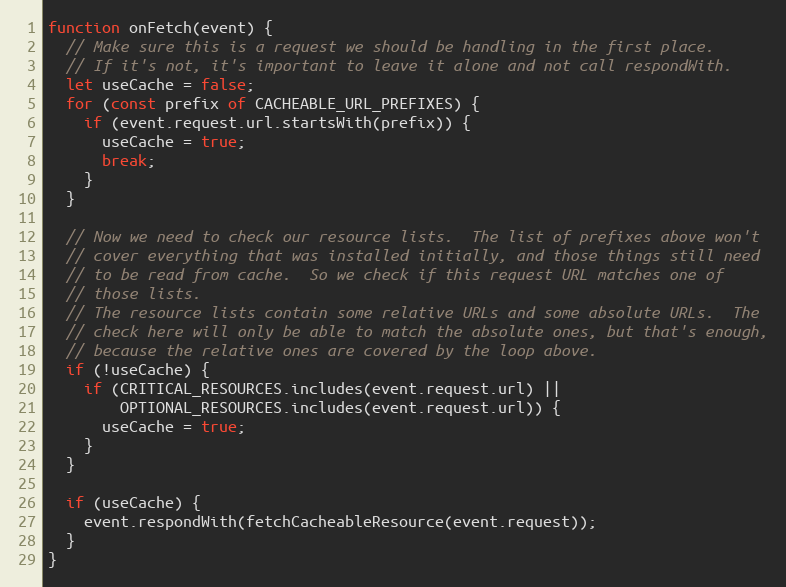
Language: JavaScript
function onFetch(event) {
  // Make sure this is a request we should be handling in the first place.
  // If it's not, it's important to leave it alone and not call respondWith.
  let useCache = false;
  for (const prefix of CACHEABLE_URL_PREFIXES) {
    if (event.request.url.startsWith(prefix)) {
      useCache = true;
      break;
    }
  }

  // Now we need to check our resource lists.  The list of prefixes above won't
  // cover everything that was installed initially, and those things still need
  // to be read from cache.  So we check if this request URL matches one of
  // those lists.
  // The resource lists contain some relative URLs and some absolute URLs.  The
  // check here will only be able to match the absolute ones, but that's enough,
  // because the relative ones are covered by the loop above.
  if (!useCache) {
    if (CRITICAL_RESOURCES.includes(event.request.url) ||
        OPTIONAL_RESOURCES.includes(event.request.url)) {
      useCache = true;
    }
  }

  if (useCache) {
    event.respondWith(fetchCacheableResource(event.request));
  }
}